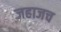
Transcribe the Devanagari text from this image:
जहाजच